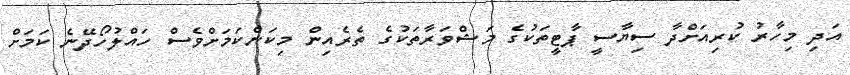
އަދި މިހާރު ކުރިއަށްދާ ސިޔާސީ ޕާޓީތަކުގެ މަޝްވަރާތަކުގެ ތެރެއިން މިކަންކަމަށްވެސް ހައްލުހޯދޭނެ ކަަމަށް